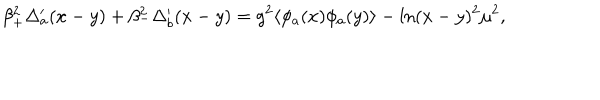
\beta _ { + } ^ { 2 } \Delta _ { a } ^ { \prime } ( x - y ) + \beta _ { - } ^ { 2 } \Delta _ { b } ^ { \prime } ( x - y ) = g ^ { 2 } \langle \phi _ { a } ( x ) \phi _ { a } ( y ) \rangle - \ln ( x - y ) ^ { 2 } \mu ^ { 2 } ,